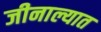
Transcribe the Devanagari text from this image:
जीनाल्यात